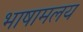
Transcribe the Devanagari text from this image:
भाषामलय